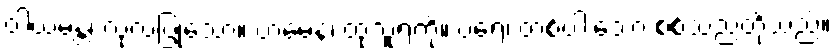
ဝါယမန္တံ၊ လုံ့လပြုသော။ တမေနံ၊ ထုသူရဲကို။ ပရေ၊ တစ်ပါးသော စစ်သည်တို့သည်။